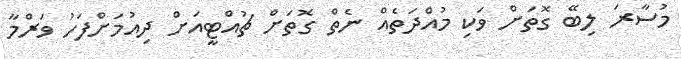
މުސާރަ ލިބޭ ގޮތަށް ވަކި މުއްދަތެއް ނެތް ގޮތަށް ޗުއްޓީއަށް ދިއުމަށްފަހު ވަރްމާ